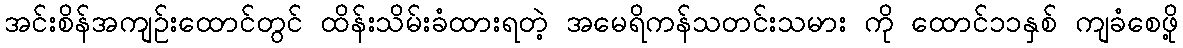
အင်းစိန်အကျဉ်းထောင်တွင် ထိန်းသိမ်းခံထားရတဲ့ အမေရိကန်သတင်းသမား ကို ထောင်၁၁နှစ် ကျခံစေဖို့